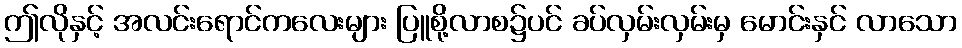
ဤလိုနှင့် အလင်းရောင်ကလေးများ ပြူစို့လာစ၌ပင် ခပ်လှမ်းလှမ်းမှ မောင်းနှင် လာသော